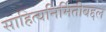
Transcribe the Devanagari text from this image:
साहित्यनिर्मितीबद्दल